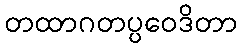
တထာဂတပ္ပဝေဒိတာ